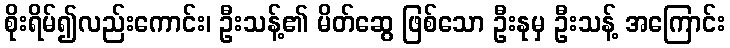
စိုးရိမ်၍လည်းကောင်း၊ ဦးသန့်၏ မိတ်ဆွေ ဖြစ်သော ဦးနုမှ ဦးသန့် အကြောင်း